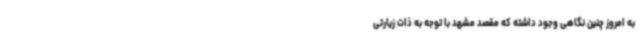
به امروز چنین نگاهی وجود داشته که مقصد مشهد با توجه به ذات زیارتی